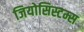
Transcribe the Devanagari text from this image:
जियोसिस्टम्स